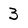
Character: 3